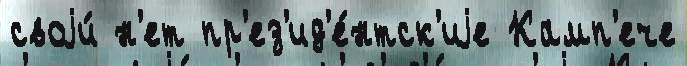
своjи́ н'ет пр'ез'ид'е́нтск'иjе Камп'ече